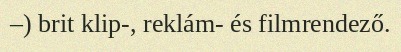
–) brit klip-, reklám- és filmrendező.